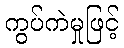
ကွပ်ကဲမှုဖြင့်